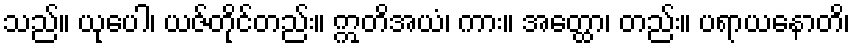
သည်။ ယုပေါ၊ ယဇ်တိုင်တည်း။ ဣတိအယံ၊ ကား။ အတ္ထော၊ တည်း။ ပရာယနောတိ၊